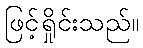
ဖြင့်ရှိုင်းသည်။